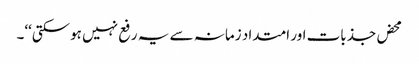
محض جذبات اور امتداد زمانہ سے یہ رفع نہیں ہوسکتی‘‘۔